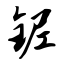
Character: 铌